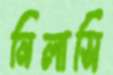
নিলাসি